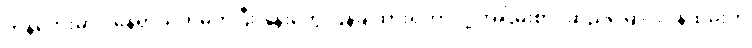
ကန်ဘေးမှာပဲ နေရာသတ်မှတ်ပြီး နုန်းတွေ ပြန်ချထားရတာလို့ အငြိမ်းစား ဆည်မြောင်းဝန်ထမ်းက